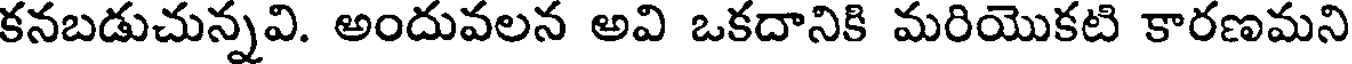
కనబడుచున్నవి. అందువలన అవి ఒకదానికి మరియొకటి కారణమని